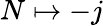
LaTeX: N\mapsto-j